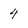
Character: 4